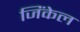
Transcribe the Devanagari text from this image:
जिंकेल